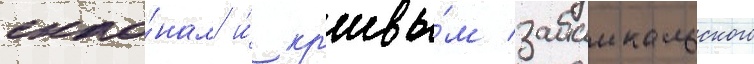
скло́нам и́ кр'ивы́м забаикальского